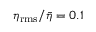
\eta _ { \mathrm { r m s } } / { \bar { \eta } } = 0 . 1